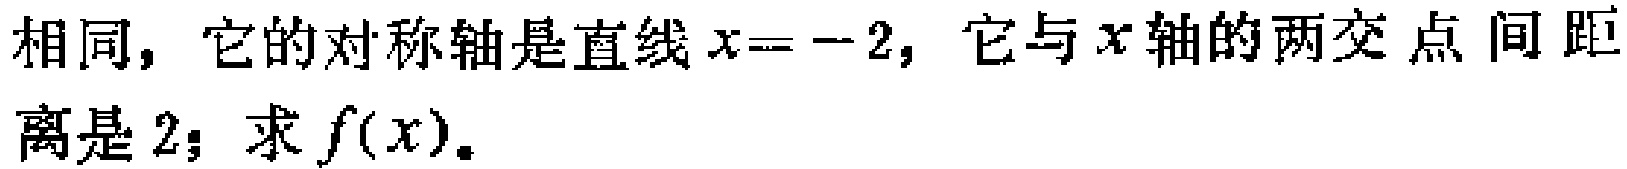
相同，它的对称轴是直线\(x = - 2\)，它与\(x\)轴的两交点间距离是\(2\)；求\(f(x)\)。